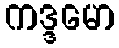
ကဒ္ဒမော